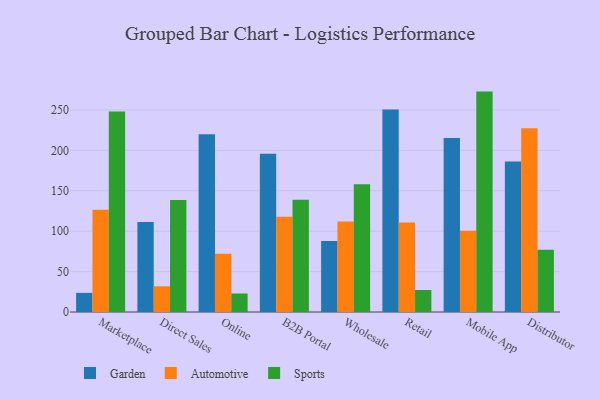
{"axis": {"x": "Channel", "y": "Energy Usage (MWh)"}, "legend": ["Automotive", "Garden", "Sports"], "data": [{"x": "Marketplace", "y": 23.7, "type": "Garden"}, {"x": "Marketplace", "y": 126.5, "type": "Automotive"}, {"x": "Marketplace", "y": 248.1, "type": "Sports"}, {"x": "Direct Sales", "y": 111.3, "type": "Garden"}, {"x": "Direct Sales", "y": 31.8, "type": "Automotive"}, {"x": "Direct Sales", "y": 138.5, "type": "Sports"}, {"x": "Online", "y": 220.0, "type": "Garden"}, {"x": "Online", "y": 72.2, "type": "Automotive"}, {"x": "Online", "y": 22.9, "type": "Sports"}, {"x": "B2B Portal", "y": 195.8, "type": "Garden"}, {"x": "B2B Portal", "y": 117.9, "type": "Automotive"}, {"x": "B2B Portal", "y": 138.8, "type": "Sports"}, {"x": "Wholesale", "y": 88.0, "type": "Garden"}, {"x": "Wholesale", "y": 112.1, "type": "Automotive"}, {"x": "Wholesale", "y": 158.1, "type": "Sports"}, {"x": "Retail", "y": 250.7, "type": "Garden"}, {"x": "Retail", "y": 110.8, "type": "Automotive"}, {"x": "Retail", "y": 27.2, "type": "Sports"}, {"x": "Mobile App", "y": 215.3, "type": "Garden"}, {"x": "Mobile App", "y": 100.4, "type": "Automotive"}, {"x": "Mobile App", "y": 272.7, "type": "Sports"}, {"x": "Distributor", "y": 186.1, "type": "Garden"}, {"x": "Distributor", "y": 227.4, "type": "Automotive"}, {"x": "Distributor", "y": 77.0, "type": "Sports"}]}